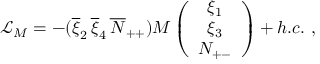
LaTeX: \mathcal { L } _ { M } = - ( \overline { { { \xi } } } _ { 2 } \, \overline { { { \xi } } } _ { 4 } \, \overline { { { N } } } _ { + + } ) M \left( \begin{array} { c } { { \xi _ { 1 } } } \\ { { \xi _ { 3 } } } \\ { { N _ { + - } } } \end{array} \right) + h . c . \ ,